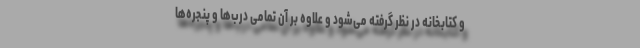
و کتابخانه در نظر گرفته می‌شود و علاوه بر آن تمامی درب‌ها و پنجره‌ها